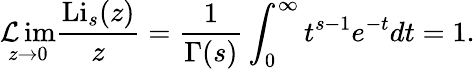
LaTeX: \operatorname*{\mathcal{L}im}_{z\to0}{\frac{{\operatorname{Li}_{s}(z)}}{{z}}}={\frac{{1}}{{\Gamma(s)}}}\int_{0}^{\infty}{t^{s-1}e^{-t}}dt=1.